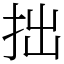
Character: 拙